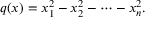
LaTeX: q ( x ) = x _ { 1 } ^ { 2 } - x _ { 2 } ^ { 2 } - \cdots - x _ { n } ^ { 2 } .